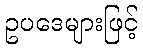
ဥပဒေများဖြင့်